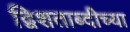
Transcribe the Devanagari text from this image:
द्विशताब्दीच्या